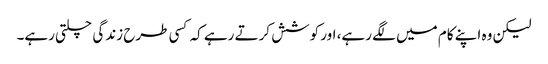
لیکن وہ اپنے کام میں لگے رہے، اور کوشش کرتے رہے کہ کسی طرح زندگی چلتی رہے۔